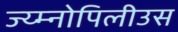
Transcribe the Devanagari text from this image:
ज्य्म्नोपिलीउस